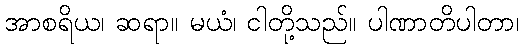
အာစရိယ၊ ဆရာ။ မယံ၊ ငါတို့သည်။ ပါဏာတိပါတာ၊